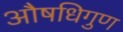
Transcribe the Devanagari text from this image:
औषधिगुण